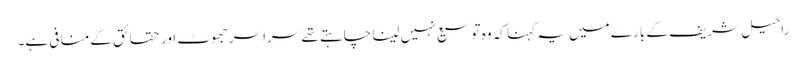
راحیل شریف کے بارے میں یہ کہنا کہ وہ توسیع نہیں لینا چاہتے تھے سراسر جھوٹ اور حقائق کے منافی ہے۔